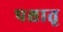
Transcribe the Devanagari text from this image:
पश्चातृ